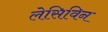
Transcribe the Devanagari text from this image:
लेसिविन